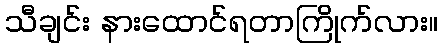
သီချင်း နားထောင်ရတာကြိုက်လား။